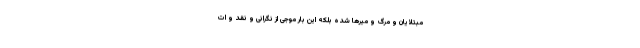
مبتلایان و مرگ و میرها شده بلکه این بار موجی از نگرانی و نقد و ات